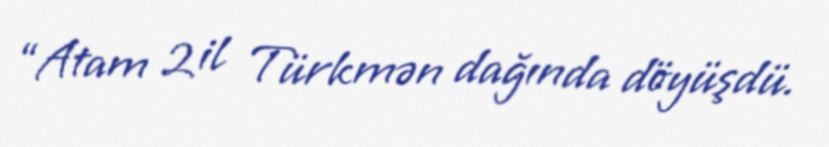
“Atam 2 il Türkmən dağında döyüşdü.